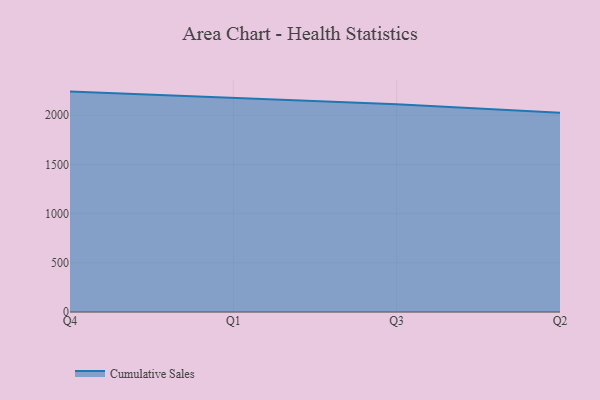
{"axis": {"x": "Quarter", "y": "Bounce Rate (%)"}, "legend": ["Cumulative Sales"], "data": [{"x": "Q4", "y": 2240.8, "type": "Cumulative Sales"}, {"x": "Q1", "y": 2179.1, "type": "Cumulative Sales"}, {"x": "Q3", "y": 2111.6, "type": "Cumulative Sales"}, {"x": "Q2", "y": 2024.7, "type": "Cumulative Sales"}]}